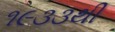
૧૯૩૩થી